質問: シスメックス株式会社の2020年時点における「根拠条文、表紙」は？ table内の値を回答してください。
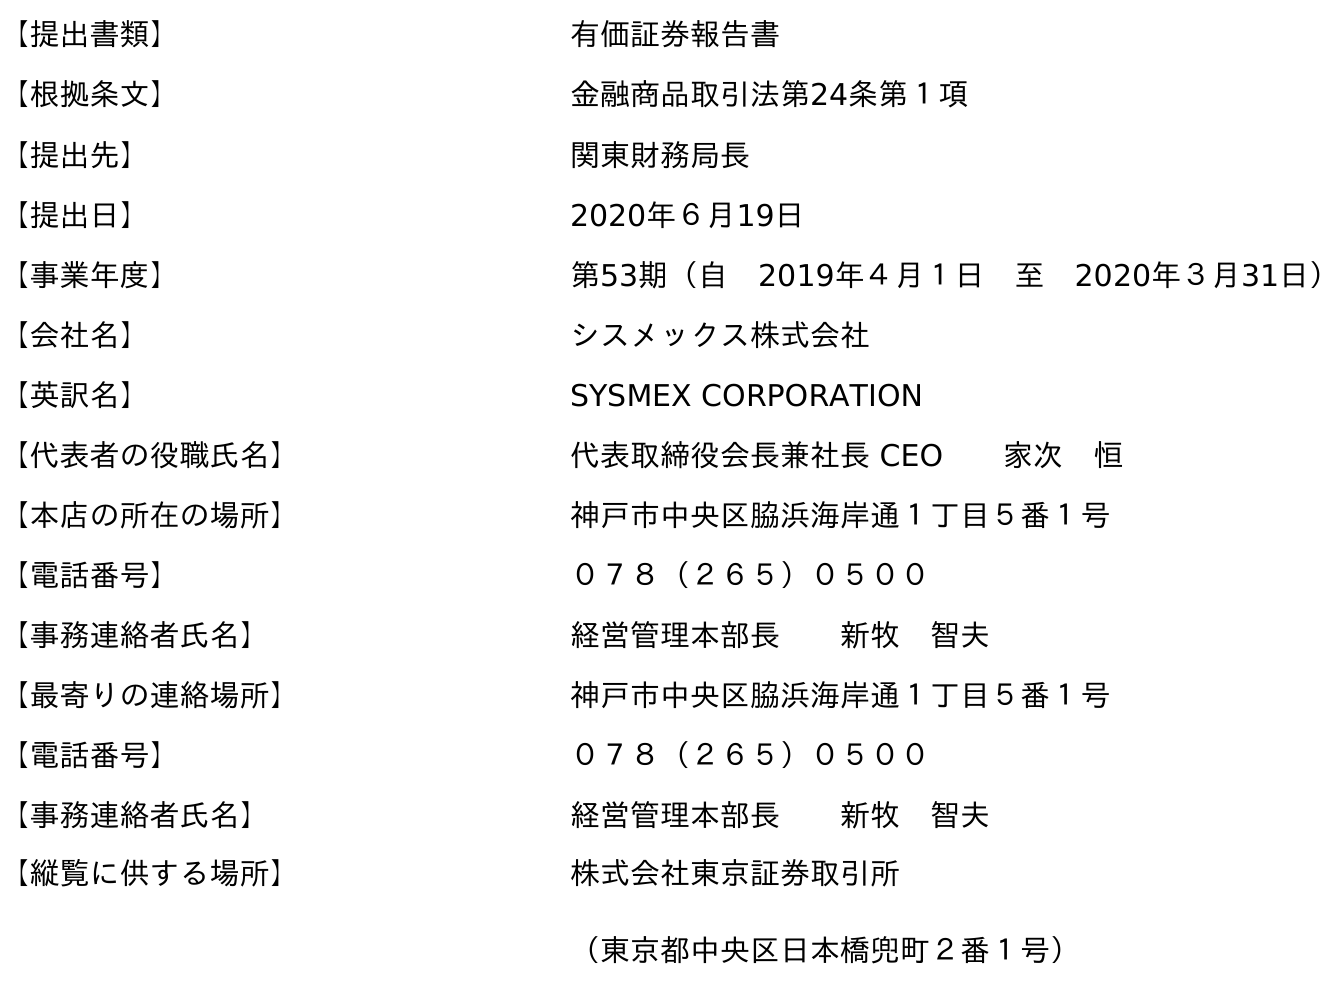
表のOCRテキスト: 【提出書類】 有価証券報告書 【根拠条文】 金融商品取引法第24条第１項 【提出先】 関東財務局長 【提出日】 2020年６月19日 【事業年度】 第53期（自 2019年４月１日 至 2020年３月31日） 【会社名】 シスメックス株式会社 【英訳名】 SYSMEX CORPORATION 【代表者の役職氏名】 代表取締役会長兼社長 CEO  家次 恒 【本店の所在の場所】 神戶市中央区脇浜海岸通１丁目５番１号 【電話番号】 ０７８（２６５）０５００ 【事務連絡者氏名】 経営管理本部長  新牧 智夫 【最寄りの連絡場所】 神戶市中央区脇浜海岸通１丁目５番１号 【電話番号】 ０７８（２６５）０５００ 【事務連絡者氏名】 経営管理本部長  新牧 智夫 【縦覧に供する場所】 株式会社東京証券取引所 （東京都中央区日本橋兜町２番１号）
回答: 金融商品取引法第24条第１項